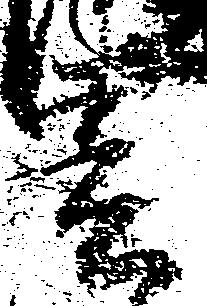
春